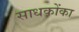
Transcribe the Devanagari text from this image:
साधकोंका